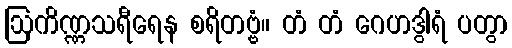
ဩကိဏ္ဏသရီရေန စရိတဗ္ဗံ။ တံ တံ ဂေဟဒွါရံ ပတွာ